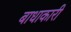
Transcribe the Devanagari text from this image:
बाधाकारी